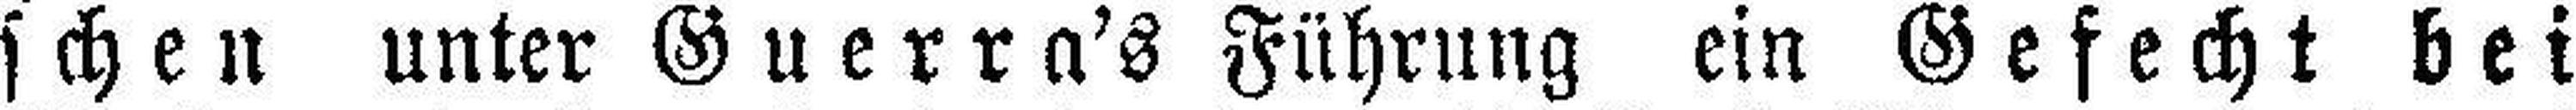
schen unter Guerra's Führung ein Gefecht bei